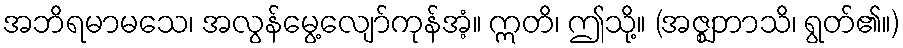
အဘိရမာမသေ၊ အလွန်မွေ့လျော်ကုန်အံ့။ ဣတိ၊ ဤသို့။ (အဇ္ဈဘာသိ၊ ရွတ်၏။)